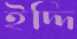
ইদ্দি